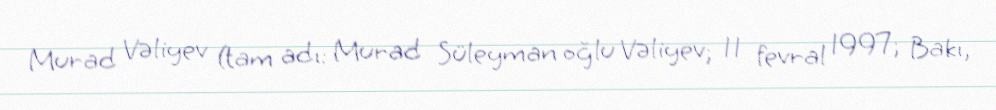
Murad Vəliyev (tam adı: Murad Süleyman oğlu Vəliyev; 11 fevral 1997; Bakı,